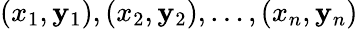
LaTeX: (x_{1},\mathbf{y}_{1}),(x_{2},\mathbf{y}_{2}),\ldots,(x_{n},\mathbf{y}_{n})